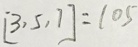
[ 3 , 5 , 7 ] = 1 0 5